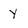
Character: Y